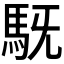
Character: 𮩷